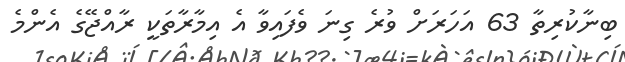
ބިނާކުރިތާ 63 އަހަރަށް ވުރެ ގިނަ ވެފައިވާ އެ އިމާރާތަކީ ރާއްޖޭގެ އެންމެ